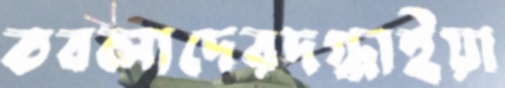
তবলাদেরদগ্ধাইয়া